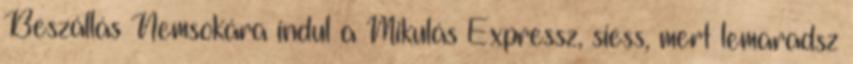
Beszállás Nemsokára indul a Mikulás Expressz, siess, mert lemaradsz